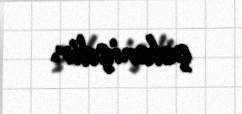
çəkmişdir.